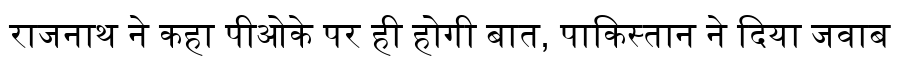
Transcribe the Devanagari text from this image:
राजनाथ ने कहा पीओके पर ही होगी बात, पाकिस्तान ने दिया जवाब